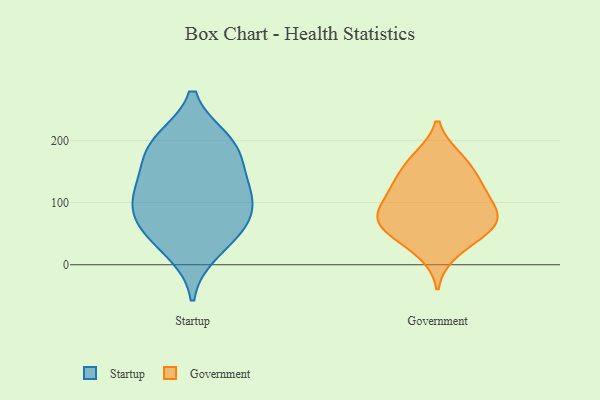
{"axis": {"x": "Waste Production (Tons)", "y": "Value"}, "legend": ["Government", "Startup"], "data": [{"x": "", "y": 199, "type": "Startup"}, {"x": "", "y": 108, "type": "Startup"}, {"x": "", "y": 61, "type": "Startup"}, {"x": "", "y": 114, "type": "Startup"}, {"x": "", "y": 197, "type": "Startup"}, {"x": "", "y": 57, "type": "Startup"}, {"x": "", "y": 184, "type": "Startup"}, {"x": "", "y": 22, "type": "Startup"}, {"x": "", "y": 154, "type": "Startup"}, {"x": "", "y": 75, "type": "Startup"}, {"x": "", "y": 117, "type": "Startup"}, {"x": "", "y": 78, "type": "Government"}, {"x": "", "y": 172, "type": "Government"}, {"x": "", "y": 136, "type": "Government"}, {"x": "", "y": 42, "type": "Government"}, {"x": "", "y": 104, "type": "Government"}, {"x": "", "y": 144, "type": "Government"}, {"x": "", "y": 63, "type": "Government"}, {"x": "", "y": 75, "type": "Government"}, {"x": "", "y": 18, "type": "Government"}, {"x": "", "y": 80, "type": "Government"}, {"x": "", "y": 111, "type": "Government"}, {"x": "", "y": 123, "type": "Government"}, {"x": "", "y": 51, "type": "Government"}, {"x": "", "y": 173, "type": "Government"}, {"x": "", "y": 71, "type": "Government"}]}